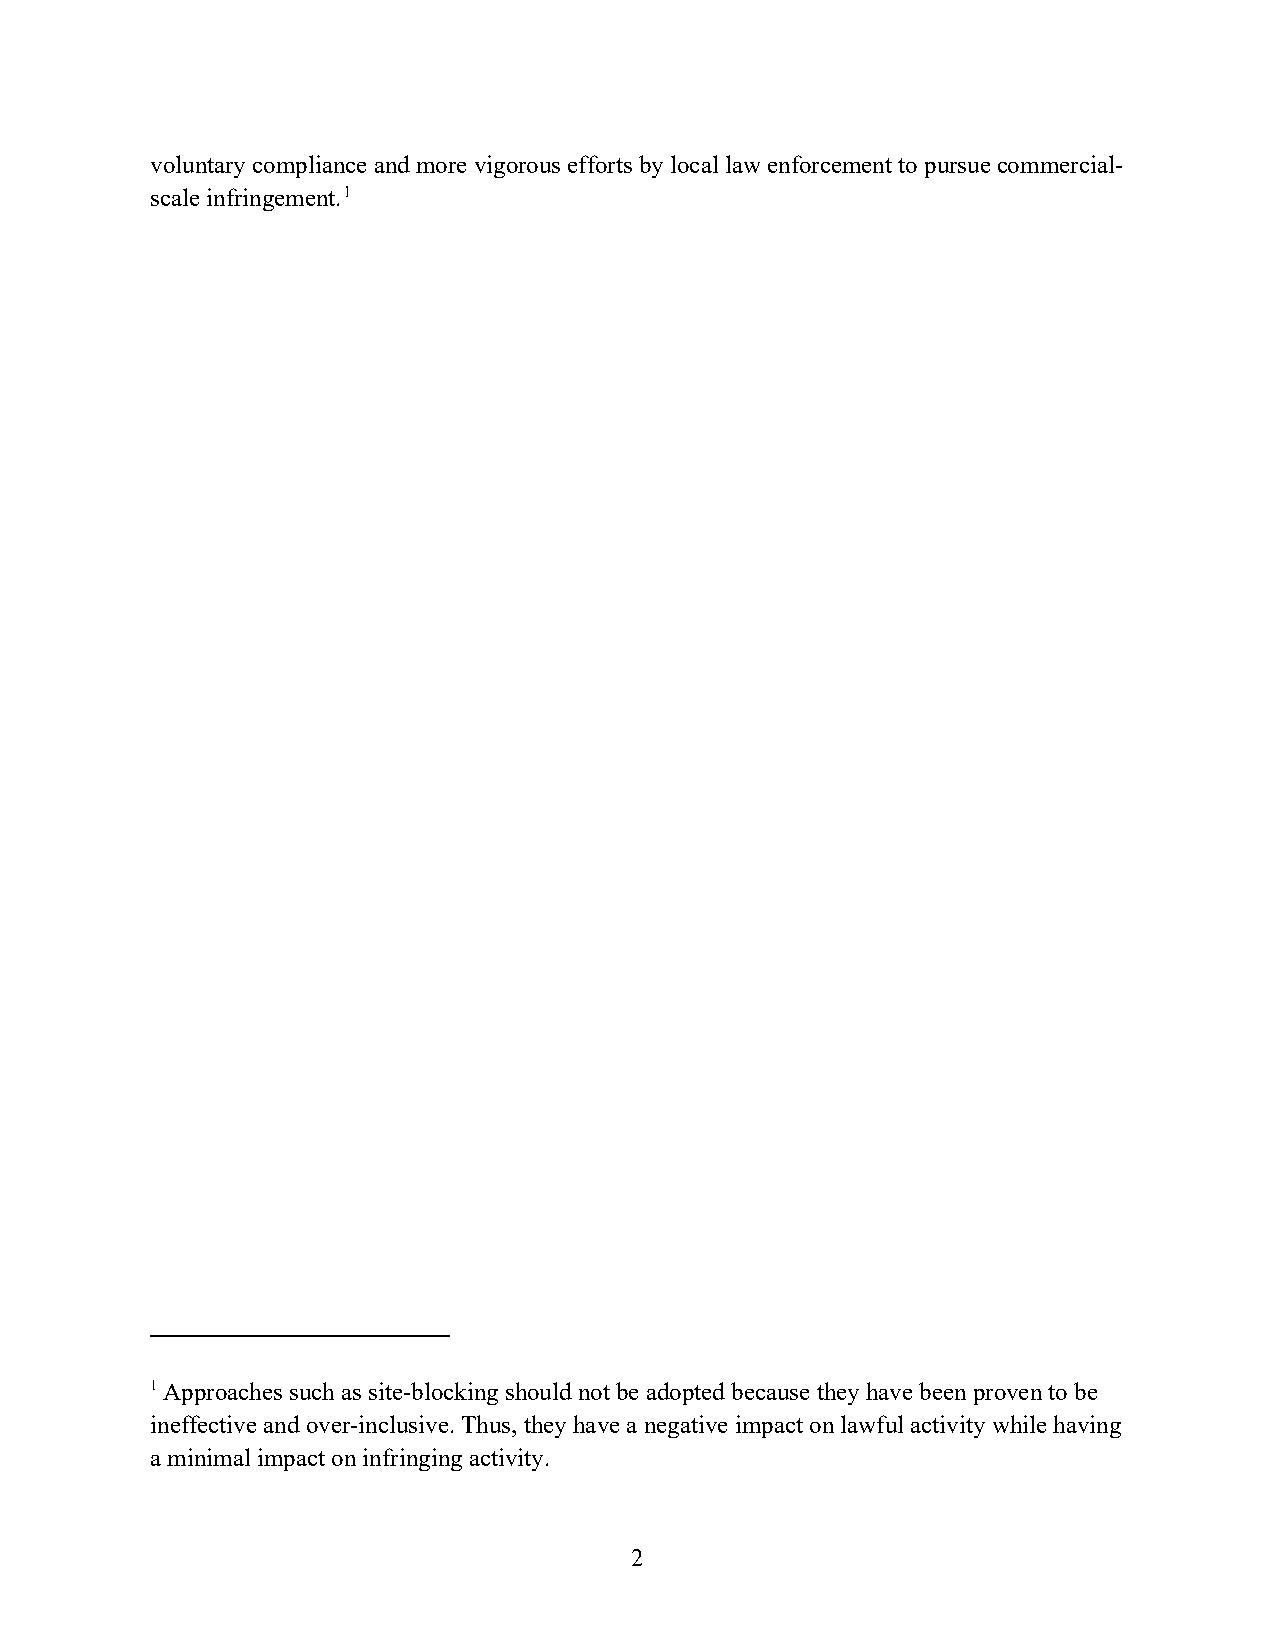
voluntary compliance and more vigorous efforts by local law enforcement to pursue commercial-
 scale infringement.1
 1 Approaches such as site-blocking should not be adopted because they have been proven to be
 ineffective and over-inclusive. Thus, they have a negative impact on lawful activity while having
 a minimal impact on infringing activity.
 2